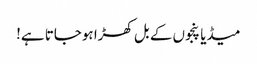
میڈیا پنجوں کے بل کھڑا ہوجاتا ہے!